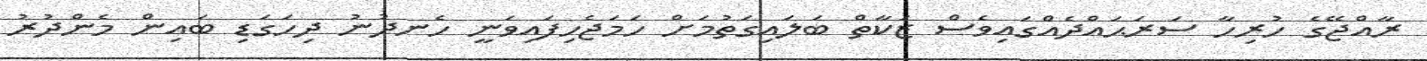
ރާއްޖޭގެ ހުރިހާ ސަރަޙައްދެއްގައިވެސް ޒަކާތް ބަލައިގަތުމަށް ހަމަޖެހިފައިވަނީ ހެނދުނު ދިހަގަޑި ބައިން މެންދުރު